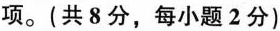
项。(共8分，每小题 2分)